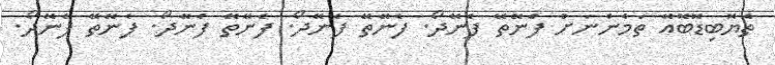
ތެޔޮބިޑޮބޮއޭ ތަމެންނަށް ފެނޭތޭ ފެނޭދޯ. ފެނޭތޭ ފެނޭދޯ. ފެނޭތޭ ފެނޭދޯ. ފެނޭތޭ ފެނޭދޯ.